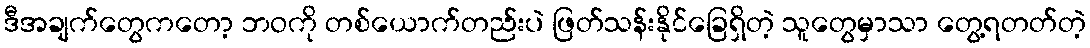
ဒီအချက်တွေကတော့ ဘဝကို တစ်ယောက်တည်းပဲ ဖြတ်သန်းနိုင်ခြေရှိတဲ့ သူတွေမှာသာ တွေ့ရတတ်တဲ့